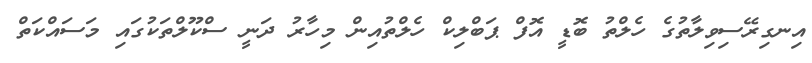
އިނގިރޭސިވިލާތުގެ ހެލްތު ބޮޑީ އޮފް ޕަބްލިކް ހެލްތުއިން މިހާރު ދަނީ ސްކޫލްތަކުގައި މަސައްކަތް